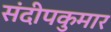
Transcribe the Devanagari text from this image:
संदीपकुमार